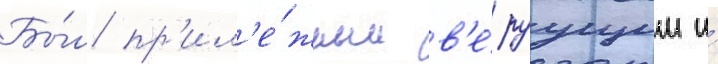
Бы́л пр'ил'е́жным в'е́руущим и́